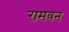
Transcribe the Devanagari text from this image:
रामवन